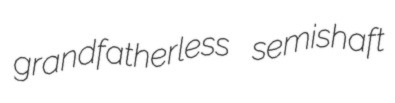
grandfatherless semishaft